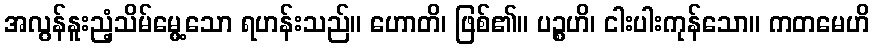
အလွန်နူးညံ့သိမ်မွေ့သော ရဟန်းသည်။ ဟောတိ၊ ဖြစ်၏။ ပဉ္စဟိ၊ ငါးပါးကုန်သော။ ကတမေဟိ